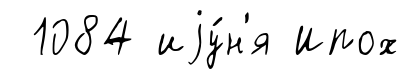
1084 иjу́н'я Ипох